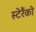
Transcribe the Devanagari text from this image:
स्टेरैंको